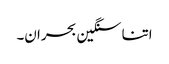
اتنا سنگین بحران۔